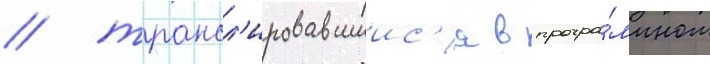
/ трансл'ировавшиис'я в програ́ммном